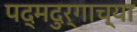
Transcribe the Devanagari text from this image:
पद्मदुर्गाच्या